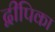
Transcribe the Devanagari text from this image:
द्वीपिका